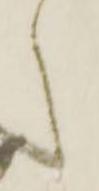
々